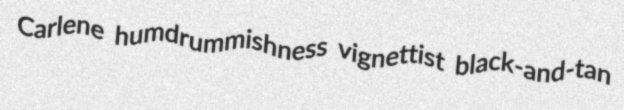
Carlene humdrummishness vignettist black-and-tan